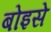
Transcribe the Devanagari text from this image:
बोइसे